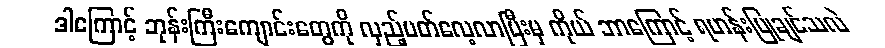
ဒါကြောင့် ဘုန်းကြီးကျောင်းတွေကို လှည့်ပတ်လေ့လာပြီးမှ ကိုယ် ဘာကြောင့် ရဟန်းပြုချင်သလဲ